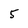
Character: 5